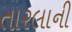
તારલાની